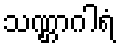
သဏ္ဌာဂါရံ